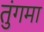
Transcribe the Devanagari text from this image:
तुंगमा